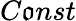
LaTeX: C\mathfrak{o}nst